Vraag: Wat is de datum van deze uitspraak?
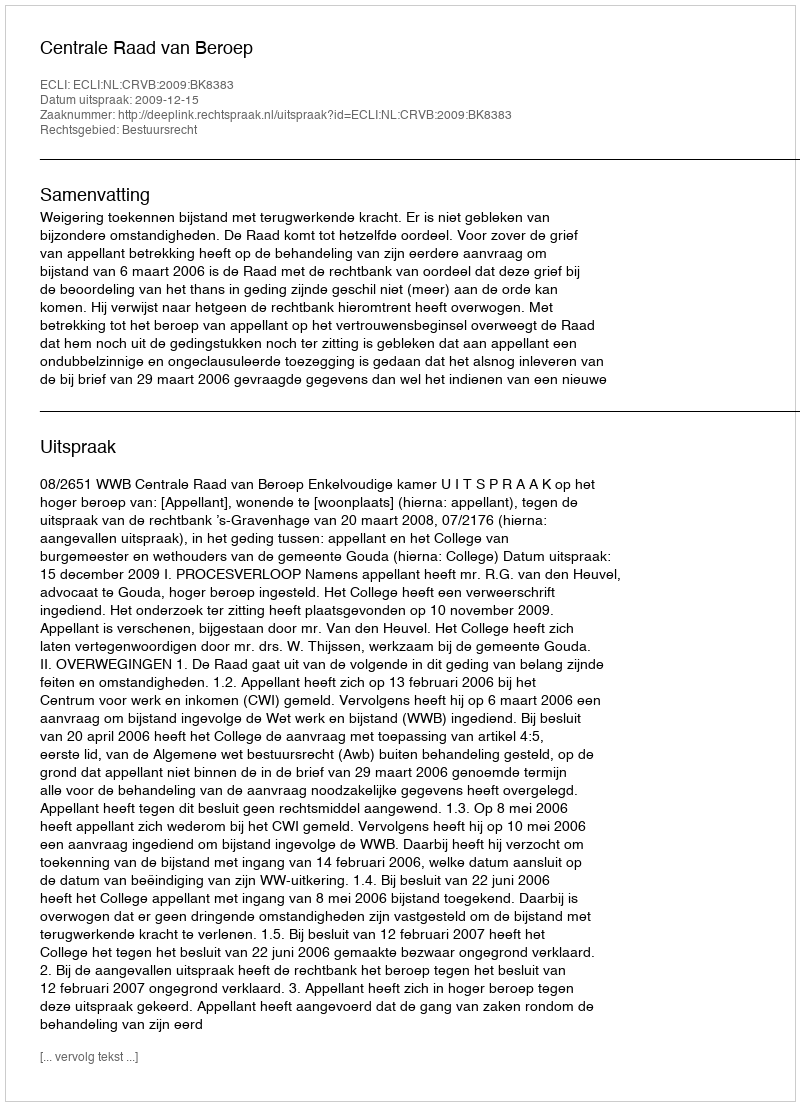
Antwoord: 2009-12-15